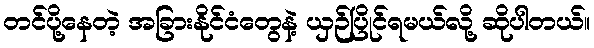
တင်ပို့နေတဲ့ အခြားနိုင်ငံတွေနဲ့ ယှဉ်ပြိုင်ရမယ်လို့ ဆိုပါတယ်။